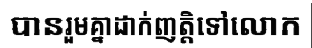
បានរួមគ្នាដាក់ញត្តិទៅលោក